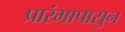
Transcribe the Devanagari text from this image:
प्रारंभापासुन